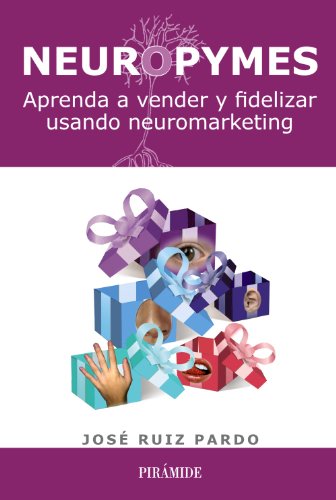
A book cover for Neuropymes: Aprenda a vender y fidelizar usando neuromarketing / Learn how to sell and retain using neuromarketing (Spanish Edition); JosÃ© Ruiz Pardo; Business & Money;